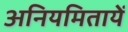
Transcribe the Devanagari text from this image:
अनियमितायें